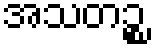
အသတဉ္စ